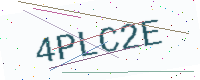
Text: 4PLC2E